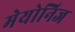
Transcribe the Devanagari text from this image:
मेयोनिज